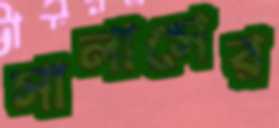
সালাসের